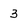
Character: 3